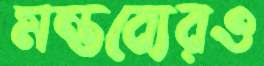
মন্তব্যেরও